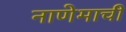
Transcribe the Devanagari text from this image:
नाणेमाची